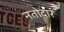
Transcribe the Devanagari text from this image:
नतोदार